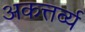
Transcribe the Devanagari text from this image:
अकत्तर्व्य